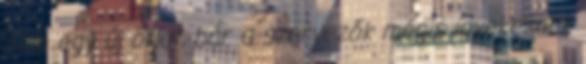
nem egy új ötlet, bár a szervezők mégis igyekeznek